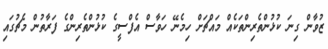
ޒުވާން ގިނަ ކުޅުންތެރިންތަކެއް މައްޗަށް ހިމެނޭ ހަވާސް އެފްސީގެ ކުޅުންތެރިންގެ ފަރާތުން މެޗުގައި